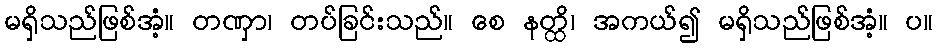
မရှိသည်ဖြစ်အံ့။ တဏှာ၊ တပ်ခြင်းသည်။ စေ နတ္ထိ၊ အကယ်၍ မရှိသည်ဖြစ်အံ့။ ပ။